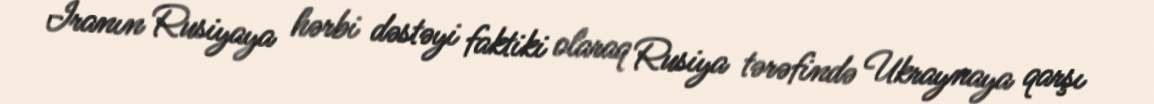
İranın Rusiyaya hərbi dəstəyi faktiki olaraq Rusiya tərəfində Ukraynaya qarşı